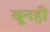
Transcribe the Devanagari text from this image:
खूनही